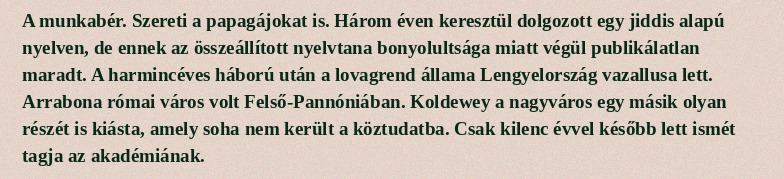
A munkabér. Szereti a papagájokat is. Három éven keresztül dolgozott egy jiddis alapú nyelven, de ennek az összeállított nyelvtana bonyolultsága miatt végül publikálatlan maradt. A harmincéves háború után a lovagrend állama Lengyelország vazallusa lett. Arrabona római város volt Felső-Pannóniában. Koldewey a nagyváros egy másik olyan részét is kiásta, amely soha nem került a köztudatba. Csak kilenc évvel később lett ismét tagja az akadémiának.